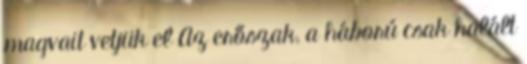
magvait vetjük el Az erőszak, a háború csak halált